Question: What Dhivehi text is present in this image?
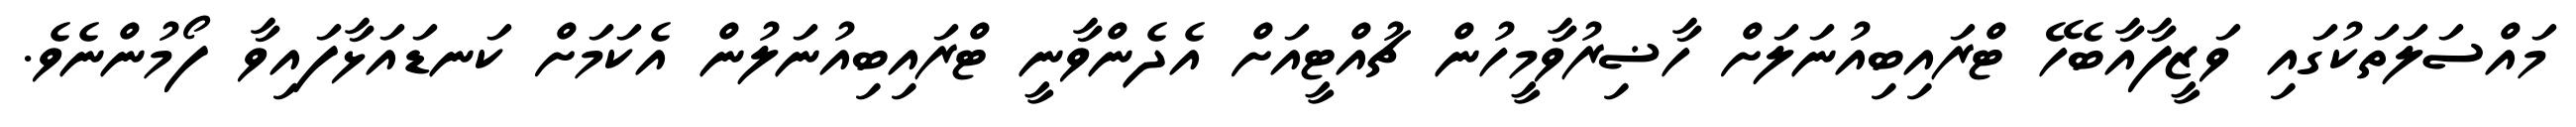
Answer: މައްސަލަތަކުގައި ވަޒީފާއާބެހޭ ޓްރައިބިއުނަލަށް ހާޟިރުވާމީހުން ޗުއްޓީއަށް އެދެންވާނީ ޓްރައިބިއުނަލުން އެކަމަށް ކަނޑައަޅާފައިވާ ފޯމުންނެވެ.